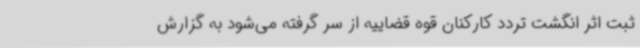
ثبت اثر انگشت تردد کارکنان قوه قضاییه از سر گرفته می‌شود به گزارش